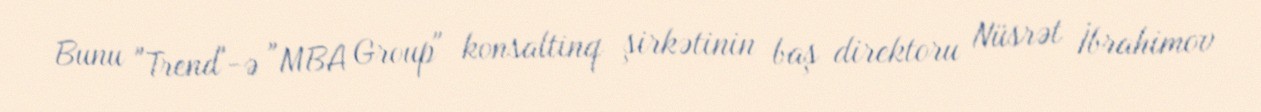
Bunu "Trend"-ə "MBA Group" konsaltinq şirkətinin baş direktoru Nüsrət İbrahimov